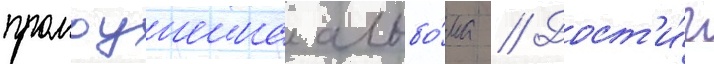
промоушена альбо́ма // Дост'и́г